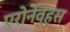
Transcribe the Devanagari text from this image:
एरोनेव्हस